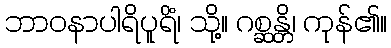
ဘာဝနာပါရိပူရိံ၊ သို့။ ဂစ္ဆန္တိ၊ ကုန်၏။